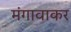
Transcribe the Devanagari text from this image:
मंगावाकर